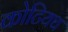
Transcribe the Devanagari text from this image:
कोटियथ